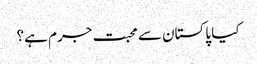
کیا پاکستان سے محبت جرم ہے؟